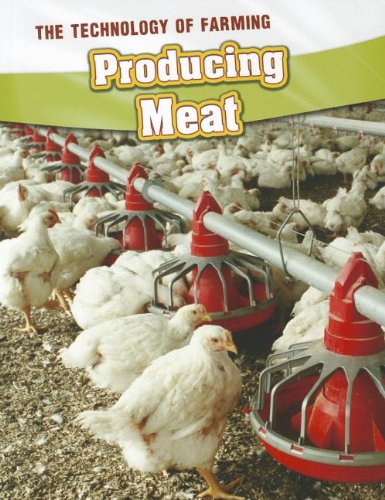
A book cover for Producing Meat (The Technology of Farming); Rachel Lynette; Children's Books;